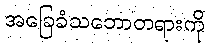
အခြေခံသဘောတရားကို